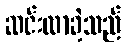
ဆင်းလာခဲ့သည်